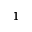
^ 1